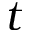
t